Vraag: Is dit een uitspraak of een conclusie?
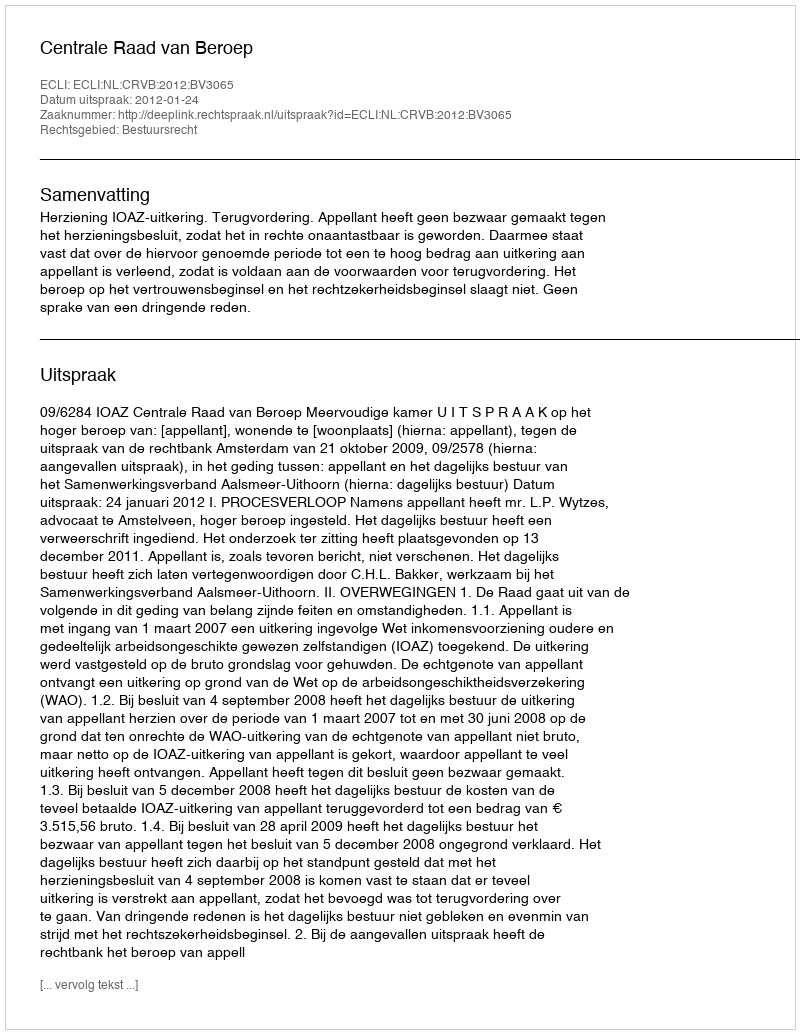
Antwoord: Uitspraak